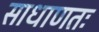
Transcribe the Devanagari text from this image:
साधाणतः